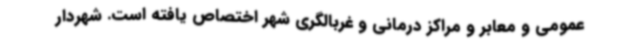
عمومی و معابر و مراکز درمانی و غربالگری شهر اختصاص یافته ‌است. شهردار